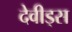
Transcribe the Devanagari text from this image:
देवीड्स